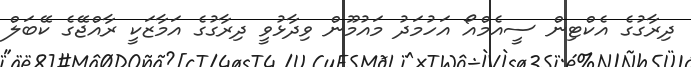
ދިރާގުގެ އެކްޓިން ސީއެމްއޯ އަހުމަދު މައުމޫން ވިދާޅުވީ ދިރާގުގެ އަމާޒަކީ ރާއްޖޭގެ ކޭބަލް